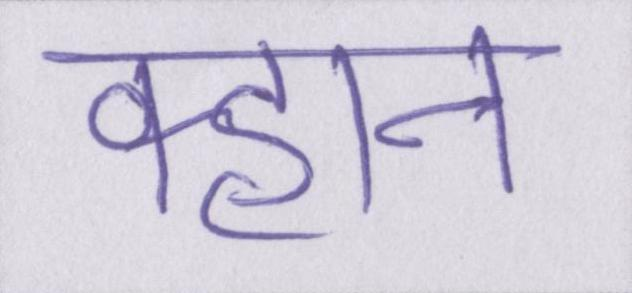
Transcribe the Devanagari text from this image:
क्हान